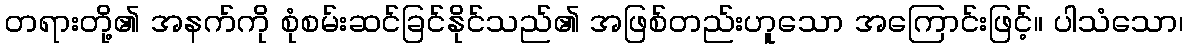
တရားတို့၏ အနက်ကို စုံစမ်းဆင်ခြင်နိုင်သည်၏ အဖြစ်တည်းဟူသော အကြောင်းဖြင့်။ ပါသံသော၊